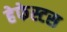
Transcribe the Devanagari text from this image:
हेफेस्टस